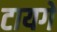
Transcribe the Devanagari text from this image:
टायगे